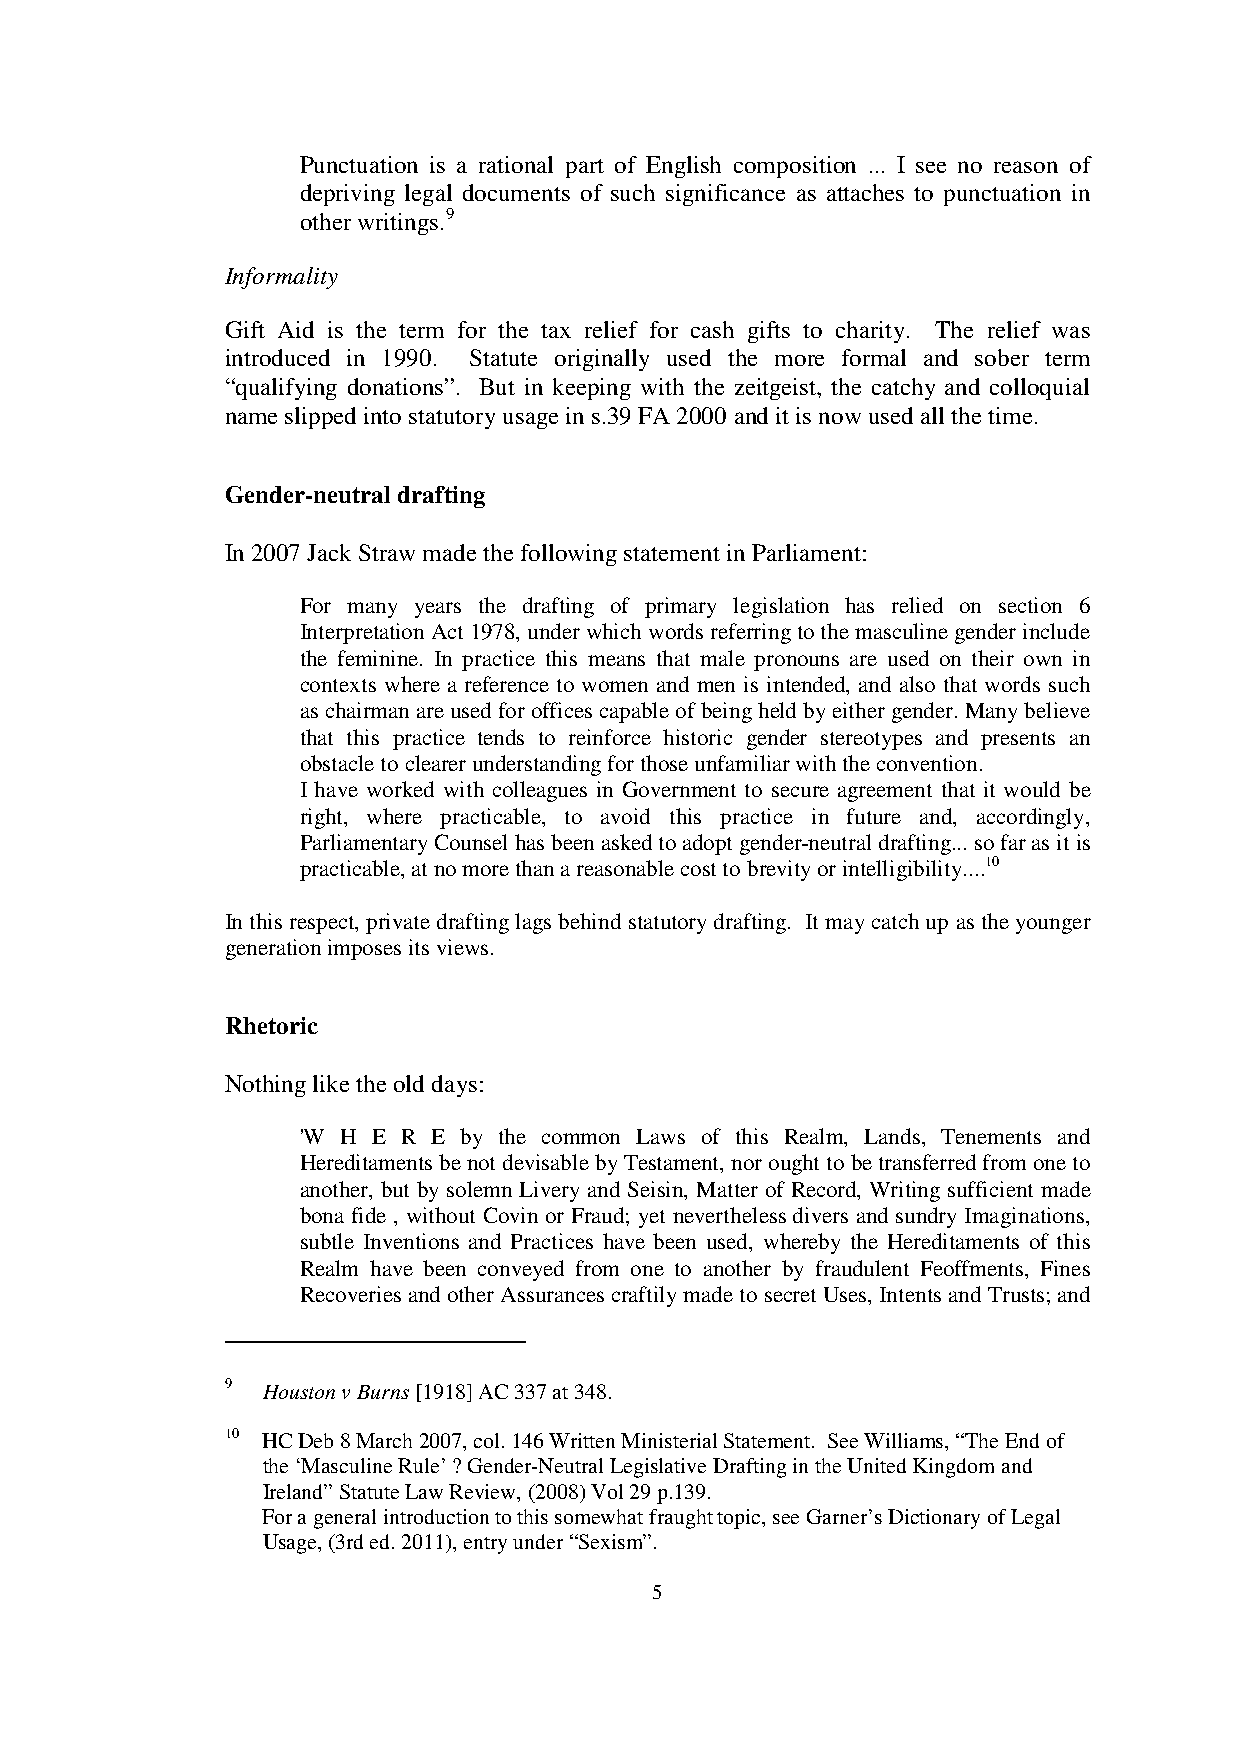
Punctuation is a rational part of English composition ... I see no reason of
 depriving legal documents of such significance as attaches to punctuation in
 other writings.9
 Informality
 Gift Aid is the term for the tax relief for cash gifts to charity. The relief was
 introduced in 1990. Statute originally used the more formal and sober term
 “qualifying donations”. But in keeping with the zeitgeist, the catchy and colloquial
 name slipped into statutory usage in s.39 FA 2000 and it is now used all the time.
 Gender-neutral drafting
 In 2007 Jack Straw made the following statement in Parliament:
 For many years the drafting of primary legislation has relied on section 6
 Interpretation Act 1978, under which words referring to the masculine gender include
 the feminine. In practice this means that male pronouns are used on their own in
 contexts where a reference to women and men is intended, and also that words such
 as chairman are used for offices capable of being held by either gender. Many believe
 that this practice tends to reinforce historic gender stereotypes and presents an
 obstacle to clearer understanding for those unfamiliar with the convention.
 I have worked with colleagues in Government to secure agreement that it would be
 right, where practicable, to avoid this practice in future and, accordingly,
 Parliamentary Counsel has been asked to adopt gender-neutral drafting... so far as it is
 practicable, at no more than a reasonable cost to brevity or intelligibility....10
 In this respect, private drafting lags behind statutory drafting. It may catch up as the younger
 generation imposes its views.
 Rhetoric
 Nothing like the old days:
 'W H E R E by the common Laws of this Realm, Lands, Tenements and
 Hereditaments be not devisable by Testament, nor ought to be transferred from one to
 another, but by solemn Livery and Seisin, Matter of Record, Writing sufficient made
 bona fide , without Covin or Fraud; yet nevertheless divers and sundry Imaginations,
 subtle Inventions and Practices have been used, whereby the Hereditaments of this
 Realm have been conveyed from one to another by fraudulent Feoffments, Fines
 Recoveries and other Assurances craftily made to secret Uses, Intents and Trusts; and
 9 Houston v Burns [1918] AC 337 at 348.
 10 HC Deb 8 March 2007, col. 146 Written Ministerial Statement. See Williams, “The End of
 the ‘Masculine Rule’ ? Gender-Neutral Legislative Drafting in the United Kingdom and
 Ireland” Statute Law Review, (2008) Vol 29 p.139.
 For a general introduction to this somewhat fraught topic, see Garner’s Dictionary of Legal
 Usage, (3rd ed. 2011), entry under “Sexism”.
 5